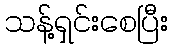
သန့်ရှင်းစေပြီး